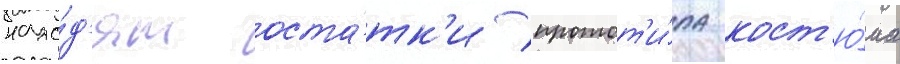
нахо́д'ят оста́тк'и протот'и́па кост'ю́ма